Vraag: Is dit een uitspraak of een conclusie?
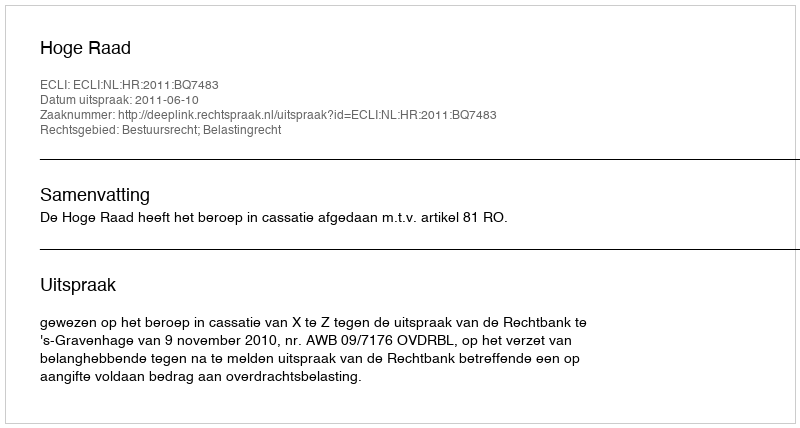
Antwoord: Uitspraak